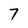
Character: 7